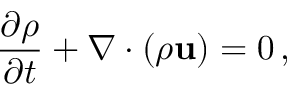
{ \frac { \partial \rho } { \partial t } } + \nabla \cdot ( \rho { \bf u } ) = 0 \, ,